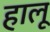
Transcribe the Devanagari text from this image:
हालू